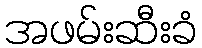
အဖမ်းဆီးခံ